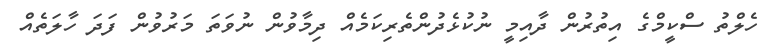
ހެލްތު ސްކީމްގެ އިތުރުން ދާއިމީ ނުކުޅެދުންތެރިކަމެއް ދިމާވުން ނުވަތަ މަރުވުން ފަދަ ހާލަތެއް